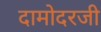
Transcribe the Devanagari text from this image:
दामोदरजी